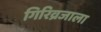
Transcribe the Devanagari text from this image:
गिरिव्रजाला